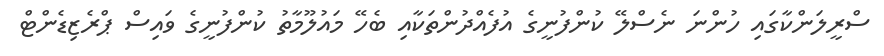
ސްރީލަންކާގައި ހުންނަ ނެސްލޭ ކުންފުނީގެ އުފެއްދުންތަކާއި ބެހޭ މައުލޫމާތު ކުންފުނީގެ ވައިސް ޕްރެޒިޑެންޓް